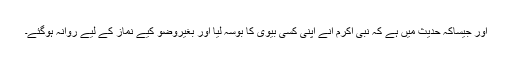
اور جیساکہ حدیث میں ہے کہ نبی اکرم انے اپنی کسی بیوی کا بوسہ لیا اور بغیروضو کیے نماز کے لیے روانہ ہوگئے۔